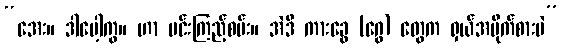
“အေး။ ဒါပေါ့ကွ။ ဟာ မင်းကြည့်စမ်း။ အဲဒီ ကားခွေ (ဂွေ) တွေက ရှယ်အမိုက်စားပဲ”